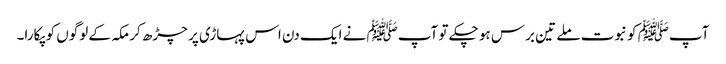
آپﷺ کو نبوت ملے تین برس ہو چکے تو آپﷺ نے ایک دن اس پہاڑی پر چڑھ کر مکہ کے لوگوں کو پکارا۔